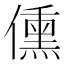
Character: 𬿿